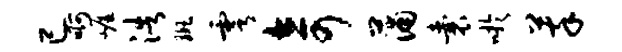
已啊崖浩斑雩奇蒲囊吁萃